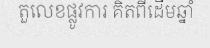
តួលេខផ្លូវការ គិតពីដើមឆ្នាំ